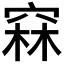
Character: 𥦝